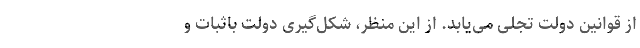
از قوانین دولت تجلی می‌یابد. از این منظر، شکل‌گیری دولتِ باثبات و